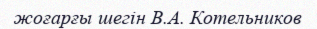
жоғарғы шегін В.А. Котельников